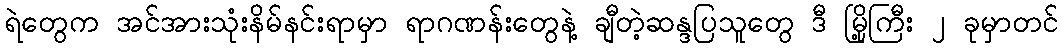
ရဲတွေက အင်အားသုံးနိမ်နင်းရာမှာ ရာဂဏန်းတွေနဲ့ ချီတဲ့ဆန္ဒပြသူတွေ ဒီ မြို့ကြီး ၂ ခုမှာတင်